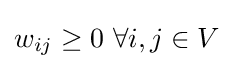
w_{ij}\geq 0~\forall i,j\in V